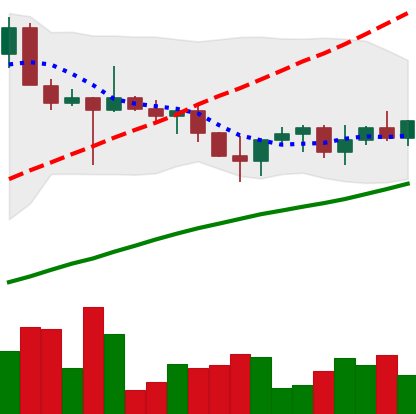
Ticker: XRP-USD
Chart end date: 2022-10-28
Forward return: -4.875%
Label: down_3_5